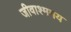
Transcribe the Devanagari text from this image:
जीवाश्ममय